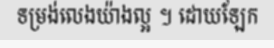
ទម្រង់លេងយ៉ាងល្អ ។ ដោយឡែក